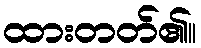
ထားတတ်၏။